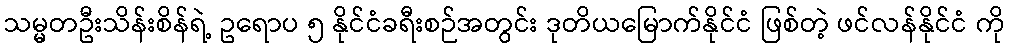
သမ္မတဦးသိန်းစိန်ရဲ့ ဥရောပ ၅ နိုင်ငံခရီးစဉ်အတွင်း ဒုတိယမြောက်နိုင်ငံ ဖြစ်တဲ့ ဖင်လန်နိုင်ငံ ကို